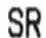
SR